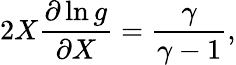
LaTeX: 2X\frac{\partial\ln g}{\partial X}=\frac{\gamma}{\gamma-1},